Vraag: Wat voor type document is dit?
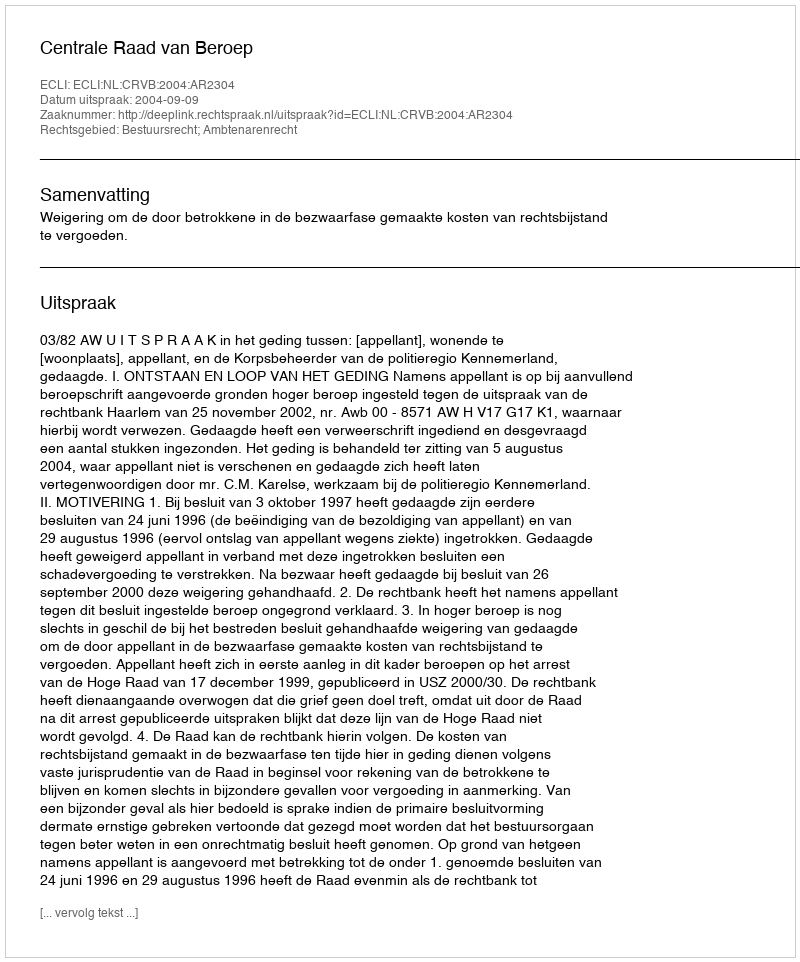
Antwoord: Uitspraak